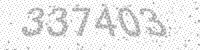
Solution: 337403